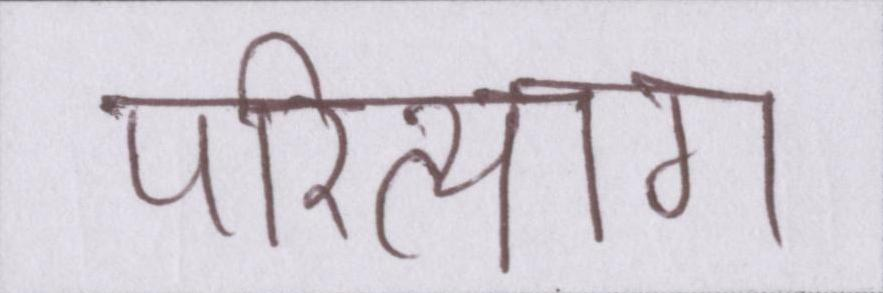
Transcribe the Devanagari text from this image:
परित्याग